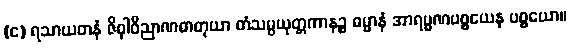
(င) ရသာယတနံ ဇိဝှါဝိညာဏဓာတုယာ တံသမ္ပယုတ္တကာနဉ္စ ဓမ္မာနံ အာရမ္မဏပစ္စယေန ပစ္စယော။